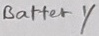
Text: Battery